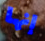
إنها